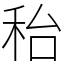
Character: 秮